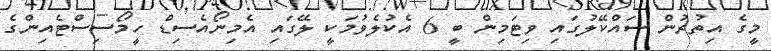
މީގެ އިތުރުން ސައްކޭލުގައި ވިޓަމިން ބީ 6 އެކުލެވުމަކީ ލޭގައި އެމިނޯއެސިޑް ހީމޯސިސްޓެއިންގެ